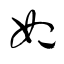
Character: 妃